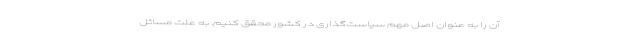
آن را به عنوان اصل مهم سیاست‌گذاری در کشور محقق کنیم. به علت مسائل